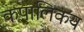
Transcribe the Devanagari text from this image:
कपालिकय